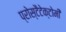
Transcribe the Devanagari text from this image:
प्रोस्टैटेक्टोमी